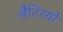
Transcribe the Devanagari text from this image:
बैटिरयों